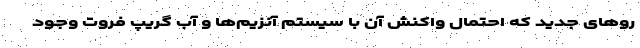
رو‌های جدید که احتمال واکنش آن با سیستم آنزیم‌ها و آب گریپ فروت وجود